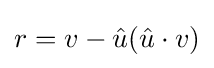
r=v-{\hat {u}}({\hat {u}}\cdot v)